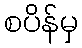
စပိန်မှ